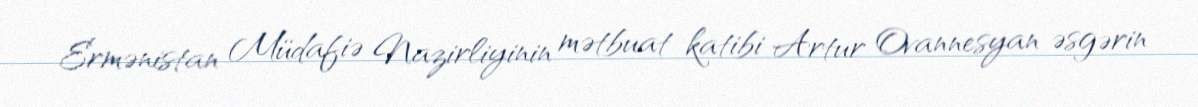
Ermənistan Müdafiə Nazirliyinin mətbuat katibi Artur Ovannesyan əsgərin